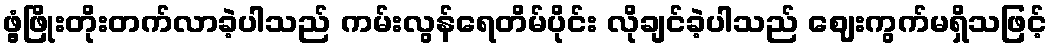
ဖွံ့ဖြိုးတိုးတက်လာခဲ့ပါသည် ကမ်းလွန်ရေတိမ်ပိုင်း လိုချင်ခဲ့ပါသည် ဈေးကွက်မရှိသဖြင့်